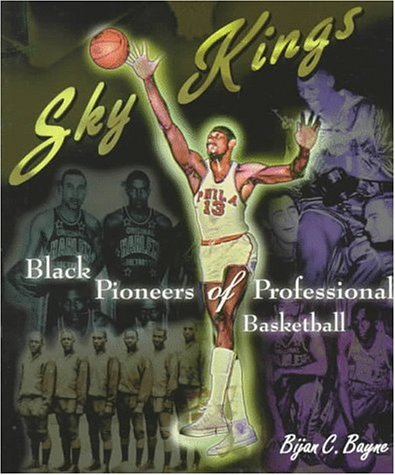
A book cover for Sky Kings: Black Pioneers of Professional Basketball (African-American Experience); Bijan C. Bayne; Teen & Young Adult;